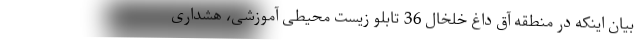
بیان اینکه در منطقه آق داغ خلخال 36 تابلو زیست محیطی آموزشی، هشداری